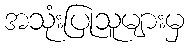
အသုံးပြုသူများမှ